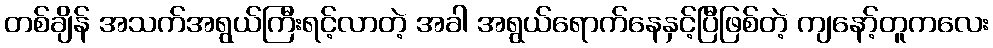
တစ်ချိန် အသက်အရွယ်ကြီးရင့်လာတဲ့ အခါ အရွယ်ရောက်နေနှင့်ပြီဖြစ်တဲ့ ကျနော့်တူကလေး